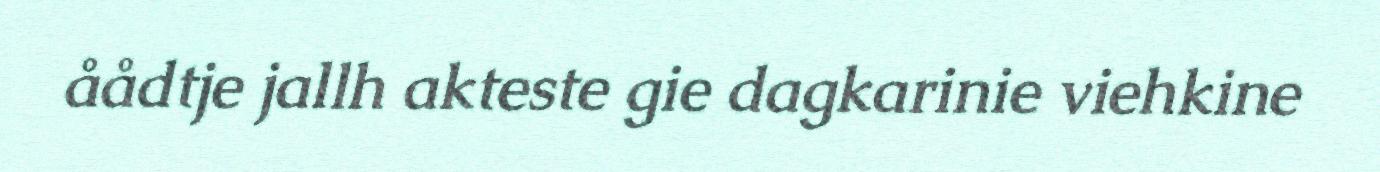
åådtje jallh akteste gie dagkarinie viehkine